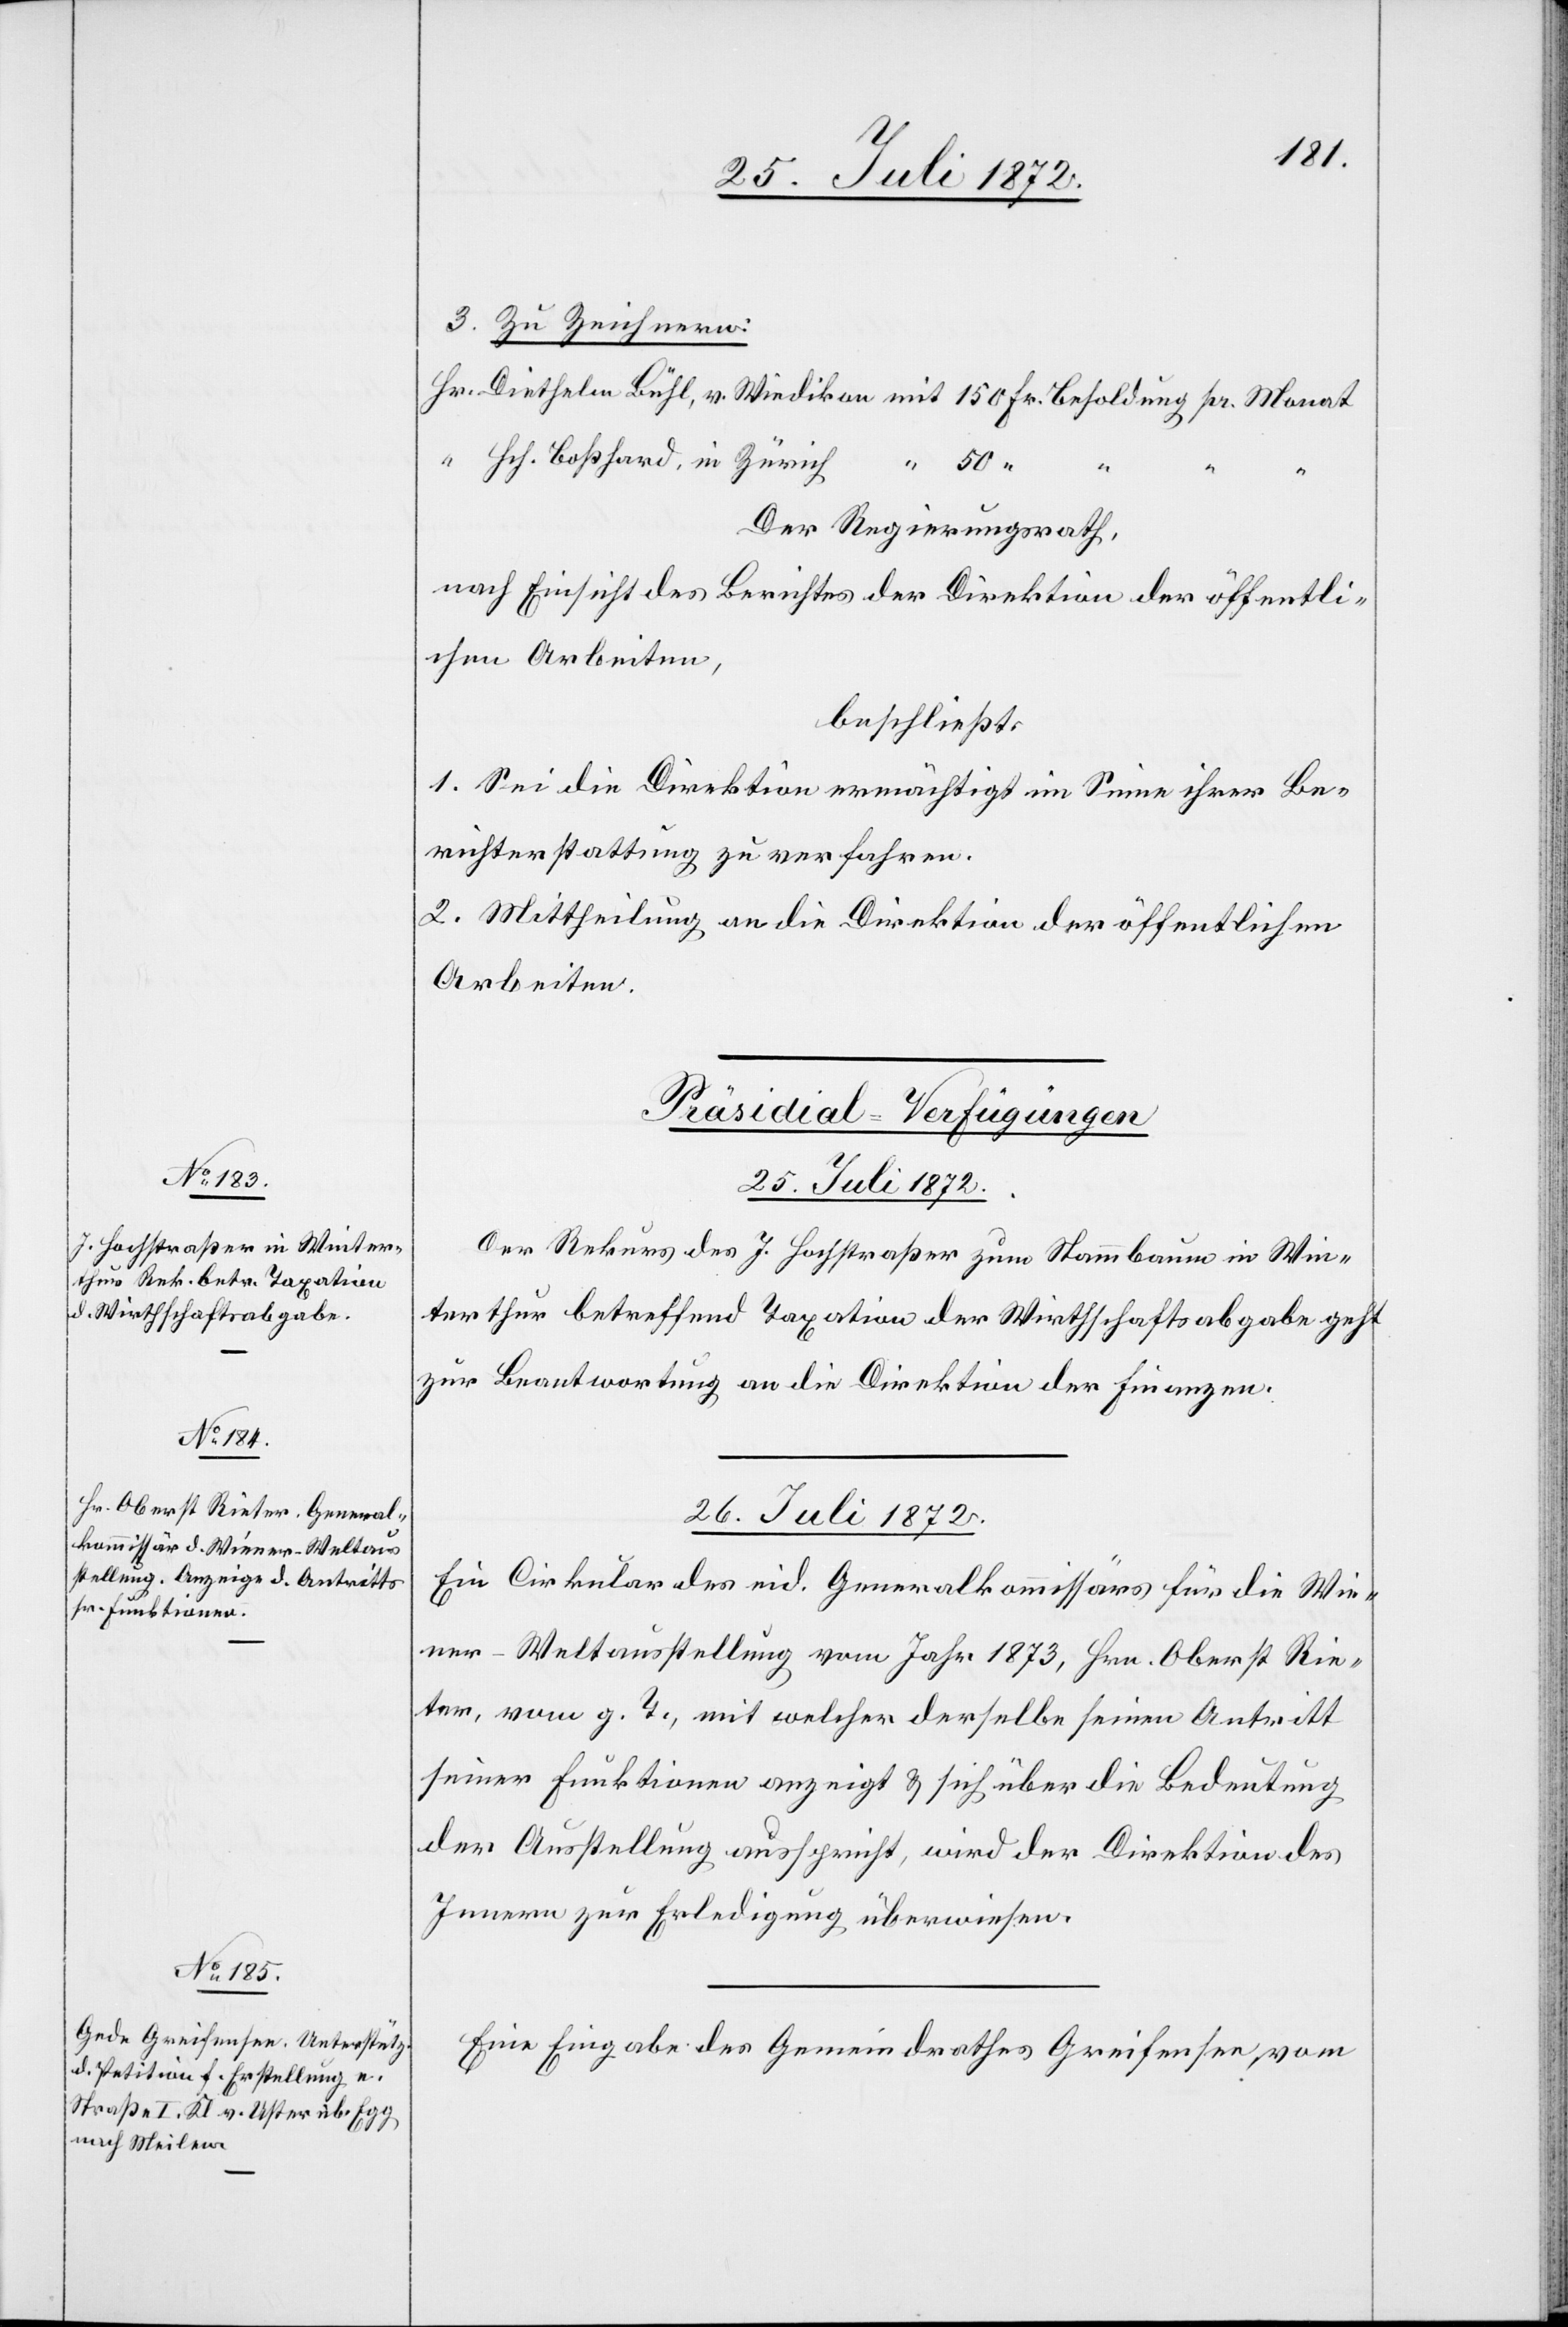
26. Juli 1872.]
3. Zu Zeichnern:
Hch. Boßhard, in Zürich
“
“
Der Regierungsrath,
nach Einsicht des Berichtes der Direktion der öffentli¬
chen Arbeiten,
beschließt:
1. Sei die Direktion ermächtigt im Sinne ihrer Be¬
richterstattung zu verfahren.
2. Mittheilung an die Direktion der öffentlichen
Arbeiten.
[Präsidial-Verfügungen
25. Juli 1872.
Der Rekurs des J. Hochstraßer zum Stammbaum in Win¬
terthur betreffend Taxation der Wirthschaftsabgabe geht
zur Beantwortung an die Direktion der Finanzen.
Ein Cirkular des eid. Generalkommissärs für die Wie¬
ner-Weltausstellung vom Jahr 1873, Hrn. Oberst Rie¬
ter, vom g. T., mit welcher derselbe seinen Antritt
seiner Funktionen anzeigt u. sich über die Bedeutung
der Ausstellung ausspricht, wird der Direktion des
Innern zur Erledigung überwiesen.
Eine Eingabe des Gemeindrathes Greifensee vom